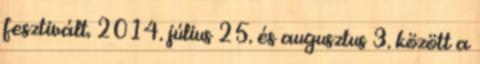
fesztivált. 2014. július 25. és augusztus 3. között a